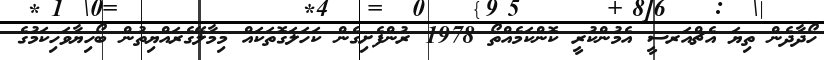
ހޯދާދެން ތިޔަ އެޗްއަރސީ އެމުންކުރީ ކޮންކަމެއްތޯ 1978 ރުންފެށިގެން ކަހަލަގޮތަކައް މިމާލޭގެރައްޔިތުން ބޯހިޔާވަހިކަމުގެ